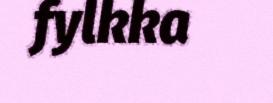
fylkka